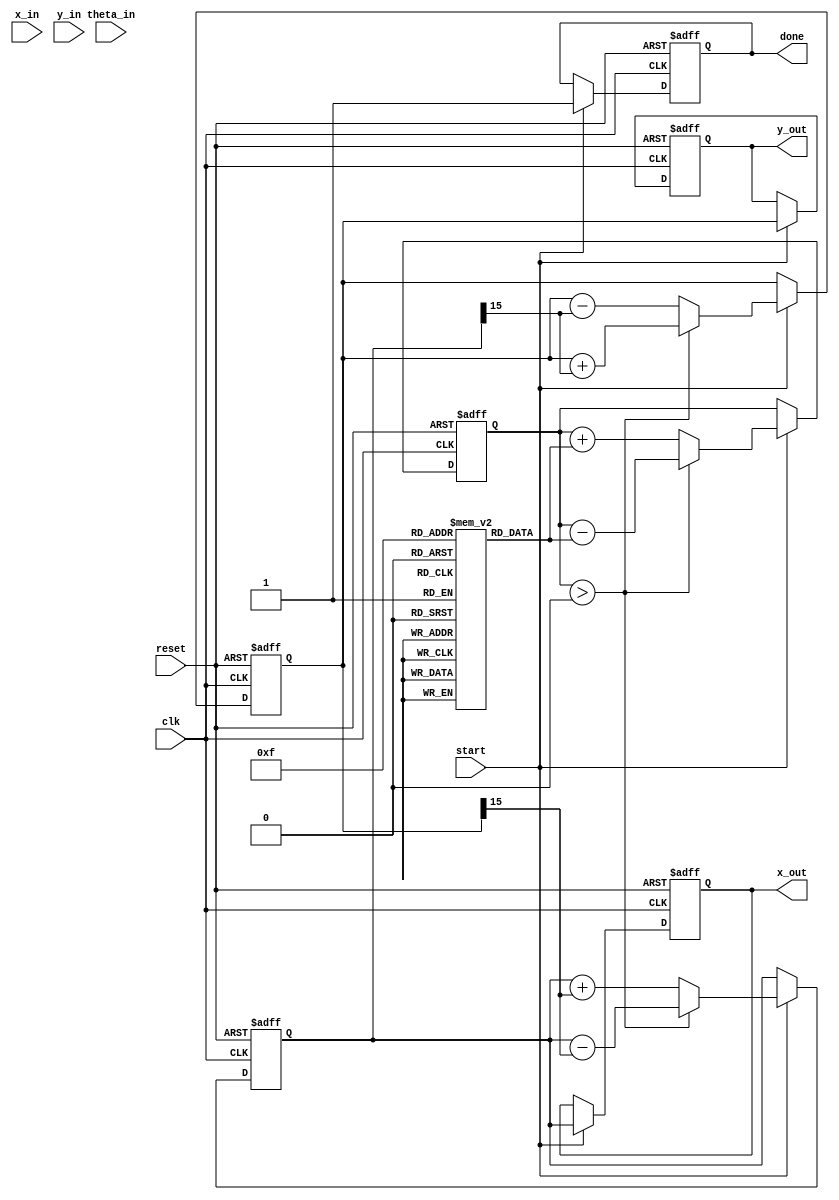
module CORDIC_Pipeline #(
    parameter N = 16,         // Number of pipeline stages
    parameter WIDTH = 16,     // Width of input/output data
    parameter ANGLE_WIDTH = 16 // Width of angle input
)(
    input wire clk,
    input wire reset,
    input wire start,
    input wire signed [WIDTH-1:0] x_in, // Initial x coordinate
    input wire signed [WIDTH-1:0] y_in, // Initial y coordinate
    input wire signed [ANGLE_WIDTH-1:0] theta_in, // Angle in radians
    output reg signed [WIDTH-1:0] x_out, // Final x coordinate
    output reg signed [WIDTH-1:0] y_out, // Final y coordinate
    output reg done               // Operation complete signal
);

    // CORDIC constants (arctan values)
    reg signed [ANGLE_WIDTH-1:0] atan_table [0:N-1];
    initial begin
        atan_table[0] = 16'd16384;   // arctan(1) * 2^14
        atan_table[1] = 16'd8192;    // arctan(0.5) * 2^14
        atan_table[2] = 16'd4096;    // arctan(0.25) * 2^14
        // ... Fill in for more stages
        atan_table[N-1] = 16'd0;     // arctan(0) * 2^14
    end

    reg signed [WIDTH-1:0] x_reg [0:N-1];
    reg signed [WIDTH-1:0] y_reg [0:N-1];
    reg signed [ANGLE_WIDTH-1:0] theta_reg [0:N-1];
    reg [N-1:0] direction; // Rotation direction
    integer i;

    always @(posedge clk or posedge reset) begin
        if (reset) begin
            x_out <= 0;
            y_out <= 0;
            done <= 0;
            // Clear registers
            for (i = 0; i < N; i = i + 1) begin
                x_reg[i] <= 0;
                y_reg[i] <= 0;
                theta_reg[i] <= 0;
            end
            direction <= 0;
        end else if (start) begin
            // Load initial values
            x_reg[0] <= x_in;
            y_reg[0] <= y_in;
            theta_reg[0] <= theta_in;
            direction <= 0; // Initialize to positive rotation

            // Pipeline processing
            for (i = 0; i < N; i = i + 1) begin
                if (i > 0) begin
                    // Register the outputs of the previous stage
                    x_reg[i] <= x_reg[i-1];
                    y_reg[i] <= y_reg[i-1];
                    theta_reg[i] <= theta_reg[i-1];
                end

                // Rotation decision
                if (theta_reg[i] > 0) begin
                    direction[i] <= 1; // Rotate clockwise
                    x_reg[i] <= x_reg[i] - (y_reg[i] >>> i); // x' = x - (y * 2^(-i))
                    y_reg[i] <= y_reg[i] + (x_reg[i] >>> i); // y' = y + (x * 2^(-i))
                    theta_reg[i] <= theta_reg[i] - atan_table[i]; // Update angle
                end else begin
                    direction[i] <= 0; // Rotate counter-clockwise
                    x_reg[i] <= x_reg[i] + (y_reg[i] >>> i); // x' = x + (y * 2^(-i))
                    y_reg[i] <= y_reg[i] - (x_reg[i] >>> i); // y' = y - (x * 2^(-i))
                    theta_reg[i] <= theta_reg[i] + atan_table[i]; // Update angle
                end
            end
            
            // Final output after the last stage
            x_out <= x_reg[N-1];
            y_out <= y_reg[N-1];
            done <= 1; // Signal operation complete
        end
    end

endmodule